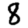
Digit: 8